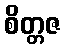
စိတ္တဇ